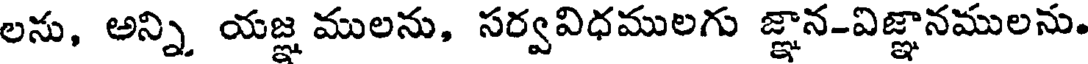
లను, అన్ని యజ్ఞ ములను, సర్వవిధములగు జ్ఞాన-విజ్ఞానములను.